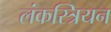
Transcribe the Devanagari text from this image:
लंकस्त्रियन